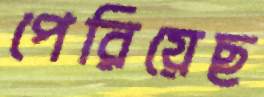
পেরিয়েছ